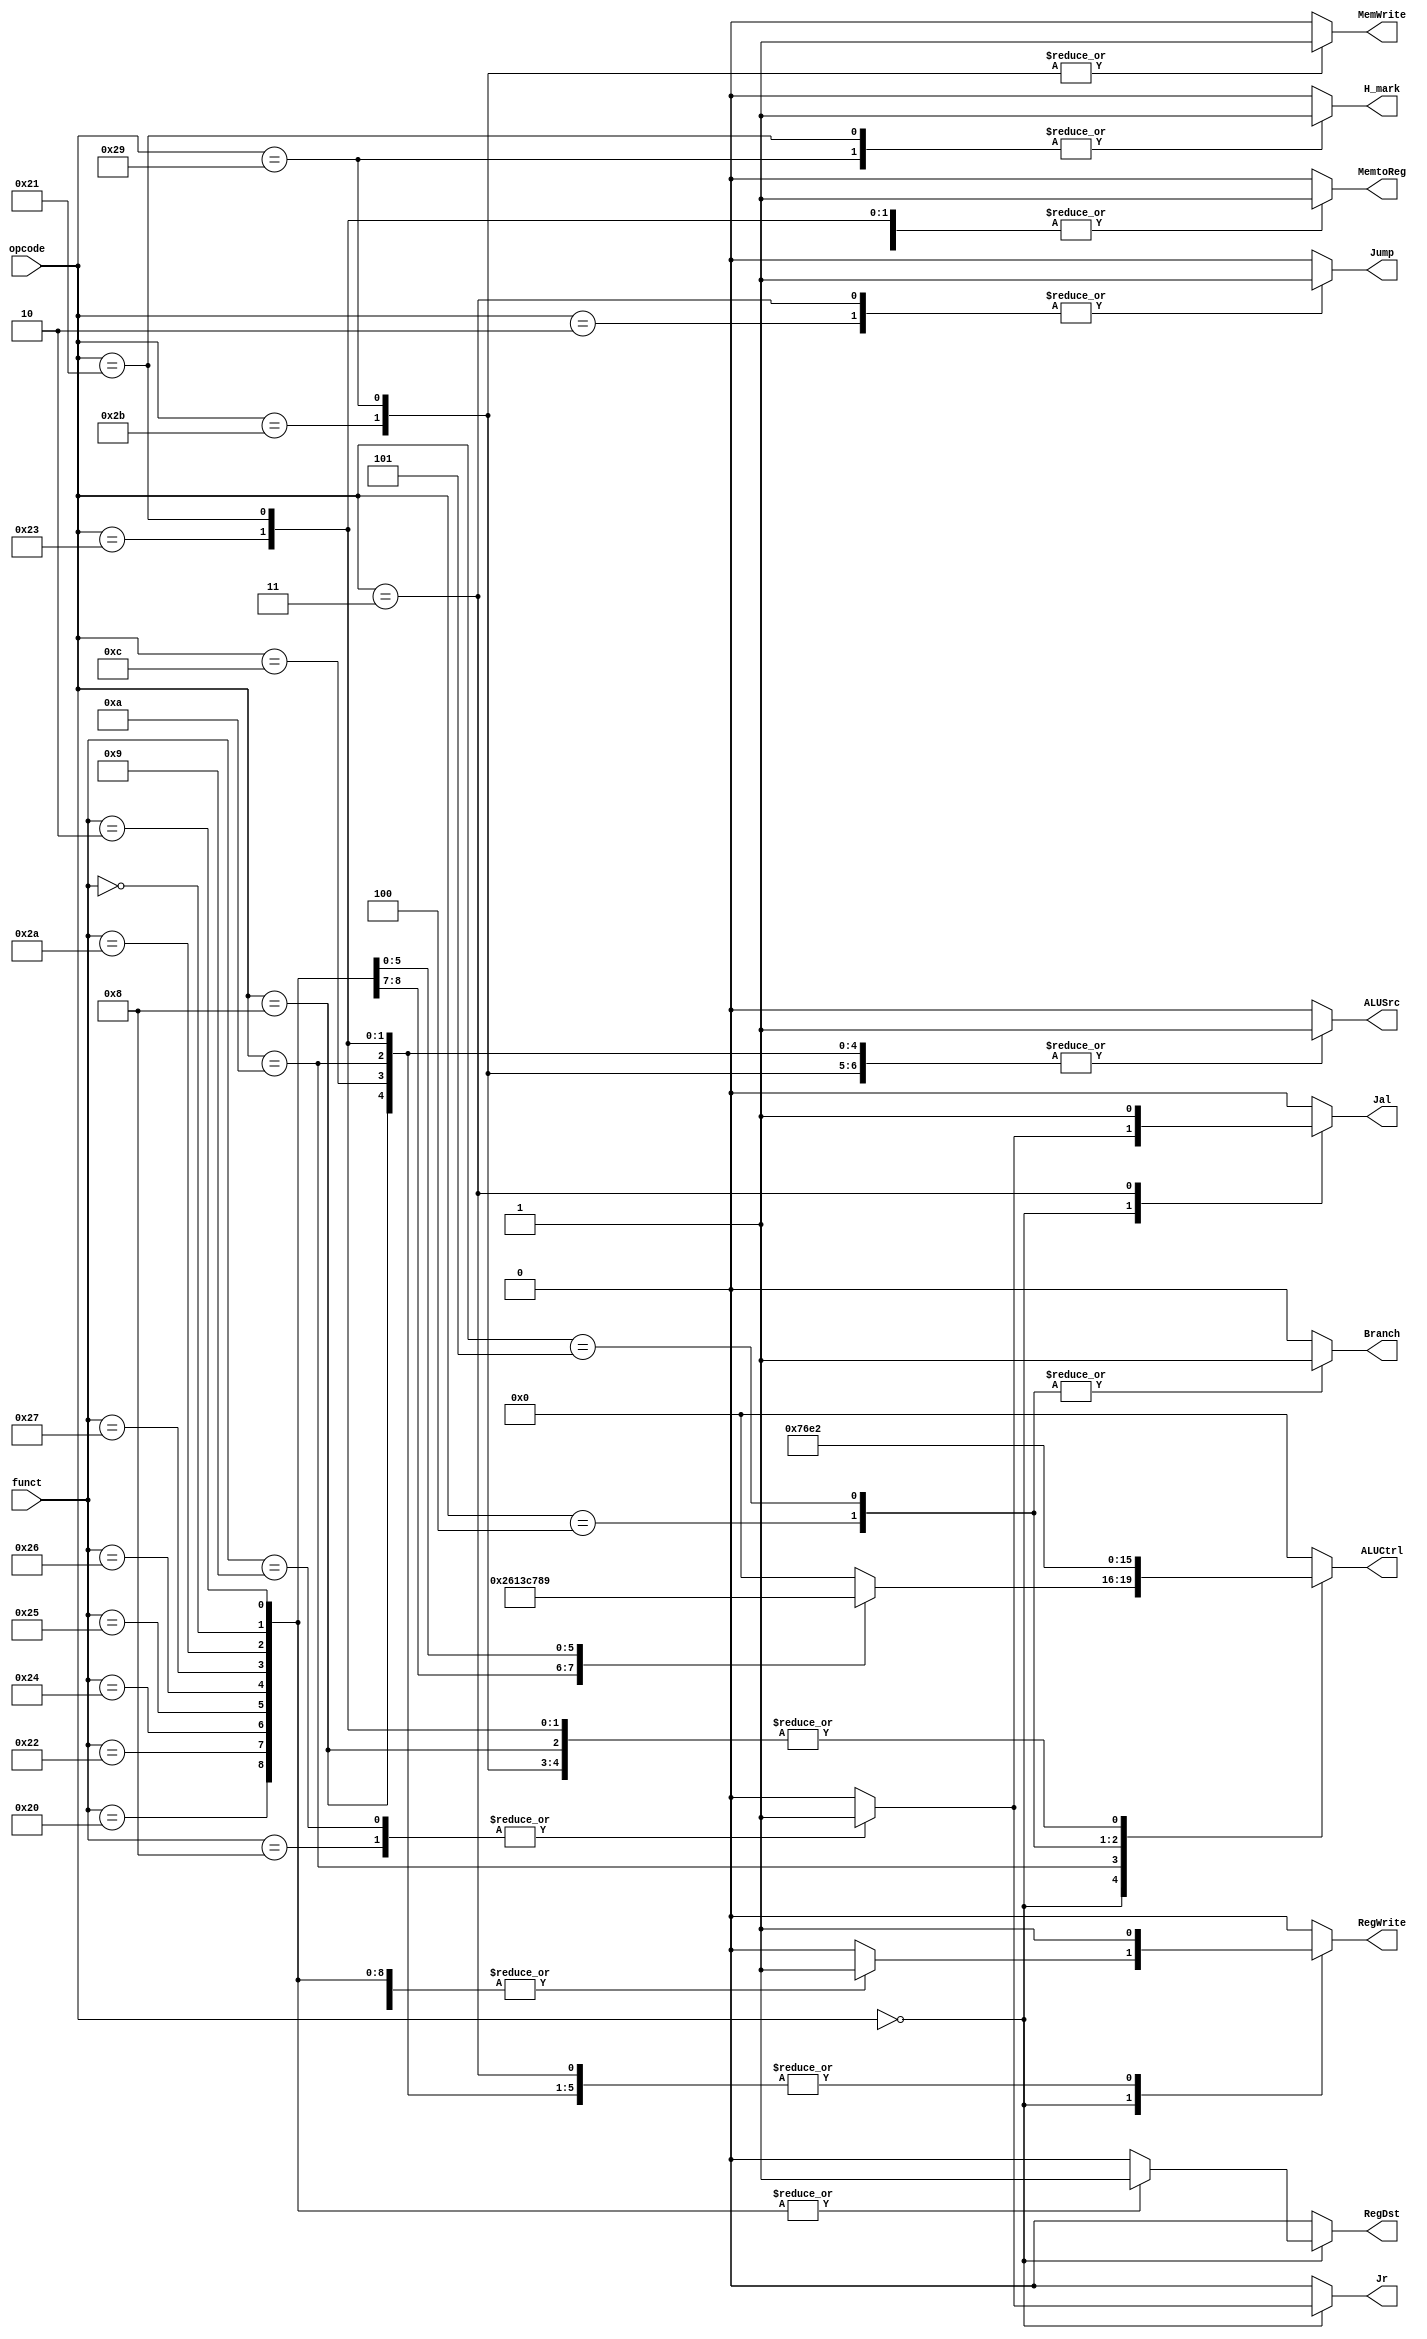
 // Controller

module Controller ( opcode,
					funct,
					RegDst,
					Branch,
					MemtoReg,
					ALUCtrl,
					MemWrite,
					ALUSrc,
					RegWrite,
					Jal,
					Jump,
					Jr,
					H_mark
					);

	input  [5:0] opcode;
    input  [5:0] funct;
    
    output RegDst;
    output Branch;
	output MemtoReg;
	output [3:0]ALUCtrl;
	output MemWrite;
	output ALUSrc;
	output RegWrite;
	output Jal;
	output Jump;
	output Jr;
	output H_mark;
	
	reg RegDst;
    reg Branch;
	reg MemtoReg;
	reg [3:0]ALUCtrl;
	reg MemWrite;
	reg ALUSrc;
	reg RegWrite;
	reg	Jal;
	reg Jump;
	reg Jr;
	reg H_mark;
	
	reg	[1:0] ALUOp;
    
	always@ (*)
		begin
			RegDst		= 0;	 
			Branch 		= 0;
			MemtoReg	= 0;
			ALUOp 		= 0;
			MemWrite 	= 0;
			ALUSrc 		= 0;
			RegWrite 	= 0;
			Jal			= 0;
			Jump		= 0;
			Jr			= 0;
			ALUCtrl		= 4'b0000;
			H_mark		= 0;
			
			case (opcode)
				6'b000000 : //R type
					case(funct)
						6'b100000 : //add
							begin
								RegDst		= 1;
								ALUOp 		= 2'b10;
								RegWrite	= 1;
								ALUCtrl		= 4'b0010;
							end
						6'b100010 : //sub
							begin
								RegDst		= 1;
								ALUOp 		= 2'b10;
								RegWrite	= 1;
								ALUCtrl		= 4'b0110;
							end
						6'b100100 : //and
							begin
								RegDst		= 1;
								ALUOp 		= 2'b10;
								RegWrite	= 1;
								ALUCtrl		= 4'b0000;

							end
						6'b100101 : //or
							begin
								RegDst		= 1;
								ALUOp 		= 2'b10;
								RegWrite	= 1;
								ALUCtrl		= 4'b0001;
							end
						6'b100110 : //xor
							begin
								RegDst		= 1;
								ALUOp 		= 2'b10;
								RegWrite	= 1;
								ALUCtrl		= 4'b0011;
								
							end
						6'b100111 : //nor
							begin
								RegDst		= 1;
								ALUOp 		= 2'b10;
								RegWrite	= 1;
								ALUCtrl		= 4'b1100;
								
							end
						6'b101010 : //slt 
							begin
								RegDst		= 1;
								ALUOp 		= 2'b10;
								RegWrite	= 1;
								ALUCtrl		= 4'b0111;
							end
							
						6'b000000 : //sll
							begin
								RegDst		= 1;
								ALUOp 		= 2'b10;
								RegWrite	= 1;
								ALUCtrl		= 4'b1000;
								ALUSrc		= 0;
							end
						6'b000010 : //srl
							begin
								RegDst		= 1;
								ALUOp 		= 2'b10;
								RegWrite	= 1;
								ALUCtrl		= 4'b1001;
								ALUSrc		= 0;
							end
						6'b001000 : //jr
							begin
								Jr 			= 1;
								Jal			= 1;
							end
						6'b001001 : //jalr
							begin
								ALUOp 		= 2'b10;
								RegWrite	= 1;
								Jal			= 1;
								Jump		= 0;
								Jr 			= 1;
							end
					endcase
				
				//I type	
				6'b001000 : //addi
					begin
						RegDst		= 0;
						RegWrite	= 1;
						ALUSrc		= 1;
						ALUCtrl		= 4'b0010;
						MemtoReg	= 0;
						Jal			= 0;
					end				
				6'b001100 : //andi
					begin
						RegDst		= 0;
						RegWrite	= 1;
						ALUSrc		= 1;
						ALUCtrl		= 4'b0000;
						MemtoReg	= 0;
						Jal			= 0;
					end				
				6'b001010 : //slti
					begin
						RegDst		= 0;
						RegWrite	= 1;
						ALUSrc		= 1;
						ALUCtrl		= 4'b0111;
						MemtoReg	= 0;
						Jal			= 0;
					end				
				6'b000100 : //beq
					begin
						RegDst		= 0;
						ALUSrc		= 0;
						Branch		= 1;
						ALUCtrl		= 4'b0110;
					end				
				6'b000101 : //bne
					begin
						RegDst		= 0;
						ALUSrc		= 0;
						Branch		= 1;
						ALUCtrl		= 4'b1110;
					end				
				6'b100011 : //lw
					begin
						RegDst		= 0;
						ALUSrc		= 1;
						MemtoReg	= 1;
						RegWrite	= 1;
						Jal			= 0;
						ALUCtrl		= 4'b0010;
					end				
				6'b100001 : //lh
					begin
						
						RegDst		= 0;
						ALUSrc		= 1;
						MemtoReg	= 1;
						RegWrite	= 1;
						Jal			= 0;
						ALUCtrl		= 4'b0010;
						H_mark		= 1;		
					end				
				6'b101011 : //sw
					begin
						RegDst		= 0;
						ALUSrc		= 1;
						MemtoReg	= 1;
						RegWrite	= 0;
						Jal			= 0;
						ALUCtrl		= 4'b0010;
						MemWrite	= 1;
					end				
				6'b101001 : //sh
					begin
						RegDst		= 0;
						ALUSrc		= 1;
						MemtoReg	= 1;
						RegWrite	= 0;
						Jal			= 0;
						ALUCtrl		= 4'b0010;
						MemWrite	= 1;
						H_mark		= 1;
					end
				6'b000010 : //j
					begin
						Jump		= 1;
					end
				6'b000011 : //jal
					begin
						RegWrite	= 1;
						Jal			= 1;
						Jump		= 1;
					end					
			endcase	
			
		end
	
endmodule